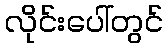
လိုင်းပေါ်တွင်